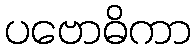
ပဗောဓိကာ